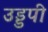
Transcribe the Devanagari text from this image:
उड्डपी